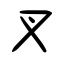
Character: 叉